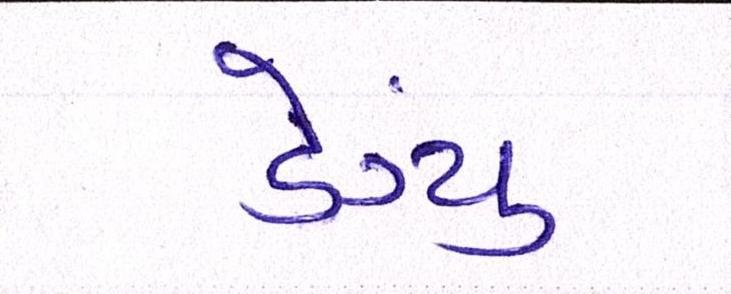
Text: ડેંગ્યુ